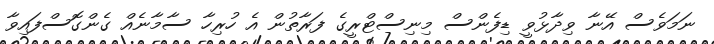
ނަމަވެސް އޭނާ ވިދާޅުވީ ޑިފެންސް މިނިސްޓްރީގެ ފަރާތުން އެ ހުރިހާ ސާމާނެއް ގެންގޮސްފައިވާ